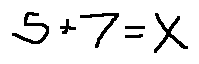
5 + 7 = x